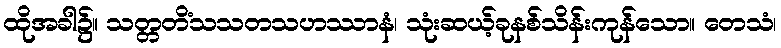
ထိုအခါ၌။ သတ္တတိံသသတသဟဿာနံ၊ သုံးဆယ့်ခုနစ်သိန်းကုန်သော။ တေသံ၊